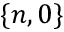
\{ n , 0 \}